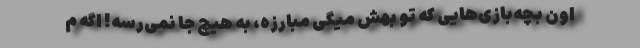
اون بچه‌بازی‌هایی که تو بهش میگی مبارزه، به هیچ جا نمی‌رسه! اگه م